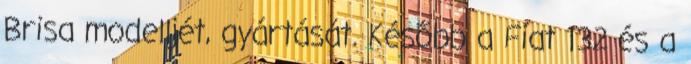
Brisa modelljét, gyártását. Később a Fiat 132 és a